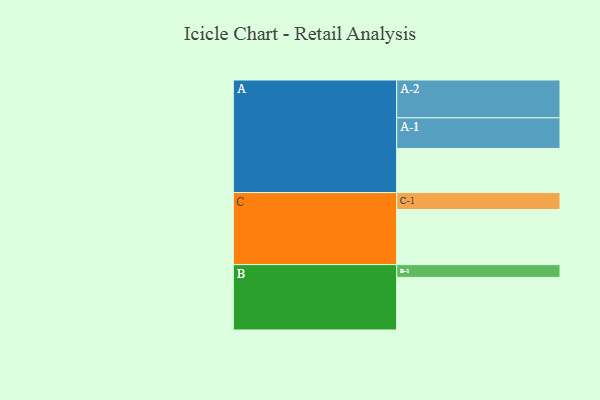
{"axis": {"x": "Segment", "y": "Value"}, "legend": ["", "A", "B", "C"], "data": [{"x": "A", "y": 317, "type": ""}, {"x": "B", "y": 378, "type": ""}, {"x": "C", "y": 396, "type": ""}, {"x": "A-1", "y": 220, "type": "A"}, {"x": "A-2", "y": 272, "type": "A"}, {"x": "B-1", "y": 92, "type": "B"}, {"x": "C-1", "y": 122, "type": "C"}]}